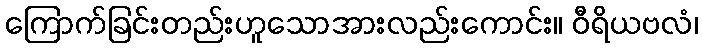
ကြောက်ခြင်းတည်းဟူသောအားလည်းကောင်း။ ဝီရိယဗလံ၊